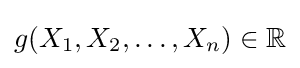
g(X_{1},X_{2},\dots ,X_{n})\in \mathbb {R}